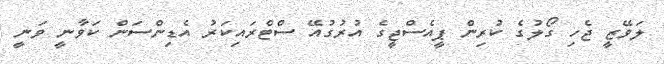
ލަވޭޒީ ޖެހި ގޯލުގެ ކުރިން ޕީއެސްޖީގެ އުރުގުއޭ ސްޓްރައިކަރު އެޑިންސަން ކަވާނީ ވަނީ